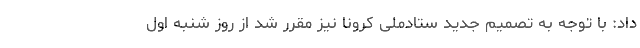
داد: با توجه به تصمیم جدید ستادملی کرونا نیز مقرر شد از روز شنبه اول